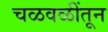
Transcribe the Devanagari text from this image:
चळवळींतून